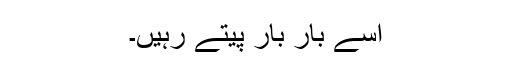
اسے بار بار پیتے رہیں۔